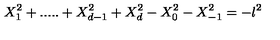
X _ { 1 } ^ { 2 } + . . . . . + X _ { d - 1 } ^ { 2 } + X _ { d } ^ { 2 } - X _ { 0 } ^ { 2 } - X _ { - 1 } ^ { 2 } = - l ^ { 2 }